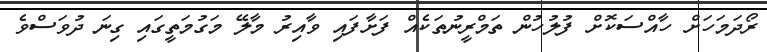
ރޯދަމަހަށް ހާއްސަކޮށް ފުލުހުން ތަމްރީނުތަކެއް ފަށާފައި ވާއިރު މާލޭ މަގުމަތީގައި ގިނަ ދުވަސްވެ